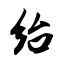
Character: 绐